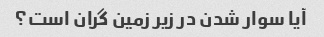
آیا سوار شدن در زیر زمین گران است؟